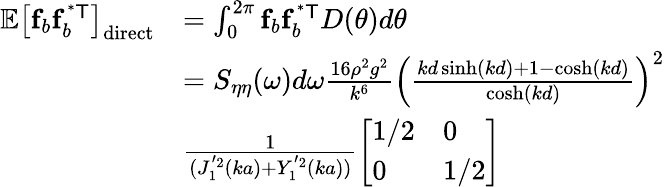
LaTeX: \begin{array}{rl}{\mathbb{E}\left[\mathbf{f}_{b}\mathbf{f}_{b}^{\mathsf{^{*}T}}\right]_{\mathrm{direct}}}&{=\int_{0}^{2\pi}\mathbf{f}_{b}\mathbf{f}_{b}^{\mathsf{^{*}T}}D(\theta)d\theta}\\ &{=S_{\eta\eta}(\omega)d\omega\frac{16\rho^{2}g^{2}}{k^{6}}\left(\frac{kd\sinh(kd)+1-\cosh(kd)}{\cosh(kd)}\right)^{2}}\\ &{\frac{1}{(J_{1}^{'2}(ka)+Y_{1}^{'2}(ka))}\left[\begin{array}{ll}{1/2}&{0}\\ {0}&{1/2}\end{array}\right]}\end{array}